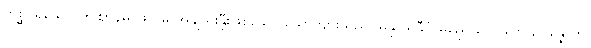
တုစ္ဆပုရိသော၊ ဤဈာန်မဂ်ဖိုလ်မှ အချည်းနှီးဖြစ်သော ယောကျ်ားသည်။ မနုဿခီပ္ပံ မညေ လောကေ ဥပ္ပန္နောတိ၊